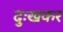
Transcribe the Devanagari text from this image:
दुःखकर